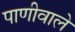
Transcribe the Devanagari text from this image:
पाणीवाले